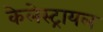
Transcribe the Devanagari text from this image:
केलेस्ट्रायल